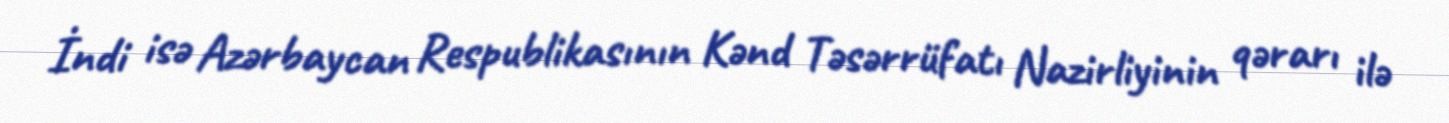
İndi isə Azərbaycan Respublikasının Kənd Təsərrüfatı Nazirliyinin qərarı ilə